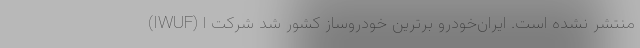
(IWUF) منتشر نشده است. ایران‌خودرو برترین خودروساز کشور شد شرکت ا